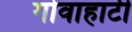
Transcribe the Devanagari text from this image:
गोवाहाटी